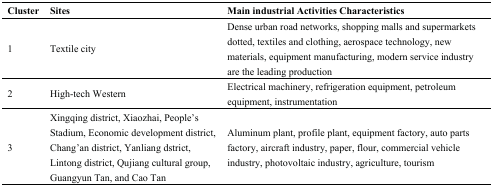
<table><thead><tr><td><b>Cluster</b></td><td><b>Sites</b></td><td><b>Main industrial Activities Characteristics</b></td></tr></thead><tbody><tr><td>1</td><td>Textile city</td><td>Dense urban road networks, shopping malls and supermarkets dotted, textiles and clothing, aerospace technology, new materials, equipment manufacturing, modern service industry are the leading production</td></tr><tr><td>2</td><td>High-tech Western</td><td>Electrical machinery, refrigeration equipment, petroleum equipment, instrumentation</td></tr><tr><td>3</td><td>Xingqing district, Xiaozhai, People’s Stadium, Economic development district, Chang’an district, Yanliang dstrict, Lintong district, Qujiang cultural group, Guangyun Tan, and Cao Tan</td><td>Aluminum plant, profile plant, equipment factory, auto parts factory, aircraft industry, paper, flour, commercial vehicle industry, photovoltaic industry, agriculture, tourism</td></tr></tbody></table>